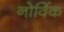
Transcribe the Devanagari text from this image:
नोर्विक